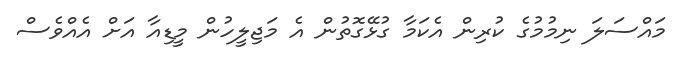
މައްސަލަ ނިމުމުގެ ކުރިން އެކަމާ ގުޅޭގޮތުން އެ މަޖިލީހުން މީޑިއާ އަށް އެއްވެސް